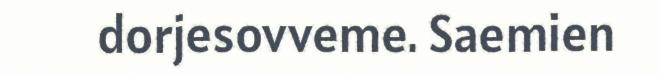
dorjesovveme. Saemien